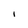
Character: l